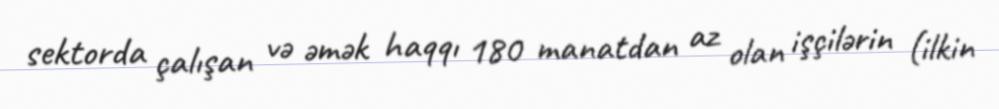
sektorda çalışan və əmək haqqı 180 manatdan az olan işçilərin (ilkin